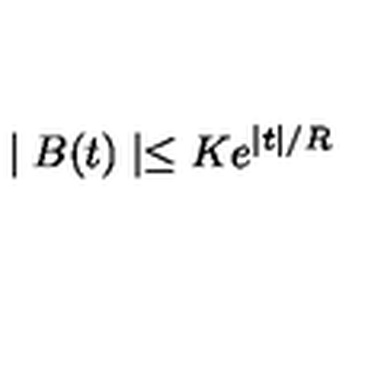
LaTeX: \mid B ( t ) \mid \leq K e ^ { \mid t \mid / R }